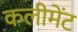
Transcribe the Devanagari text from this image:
कलीमेंट